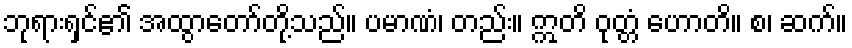
ဘုရားရှင်၏ အထွာတော်တို့သည်။ ပမာဏံ၊ တည်း။ ဣတိ ဝုတ္တံ ဟောတိ။ စ၊ ဆက်။